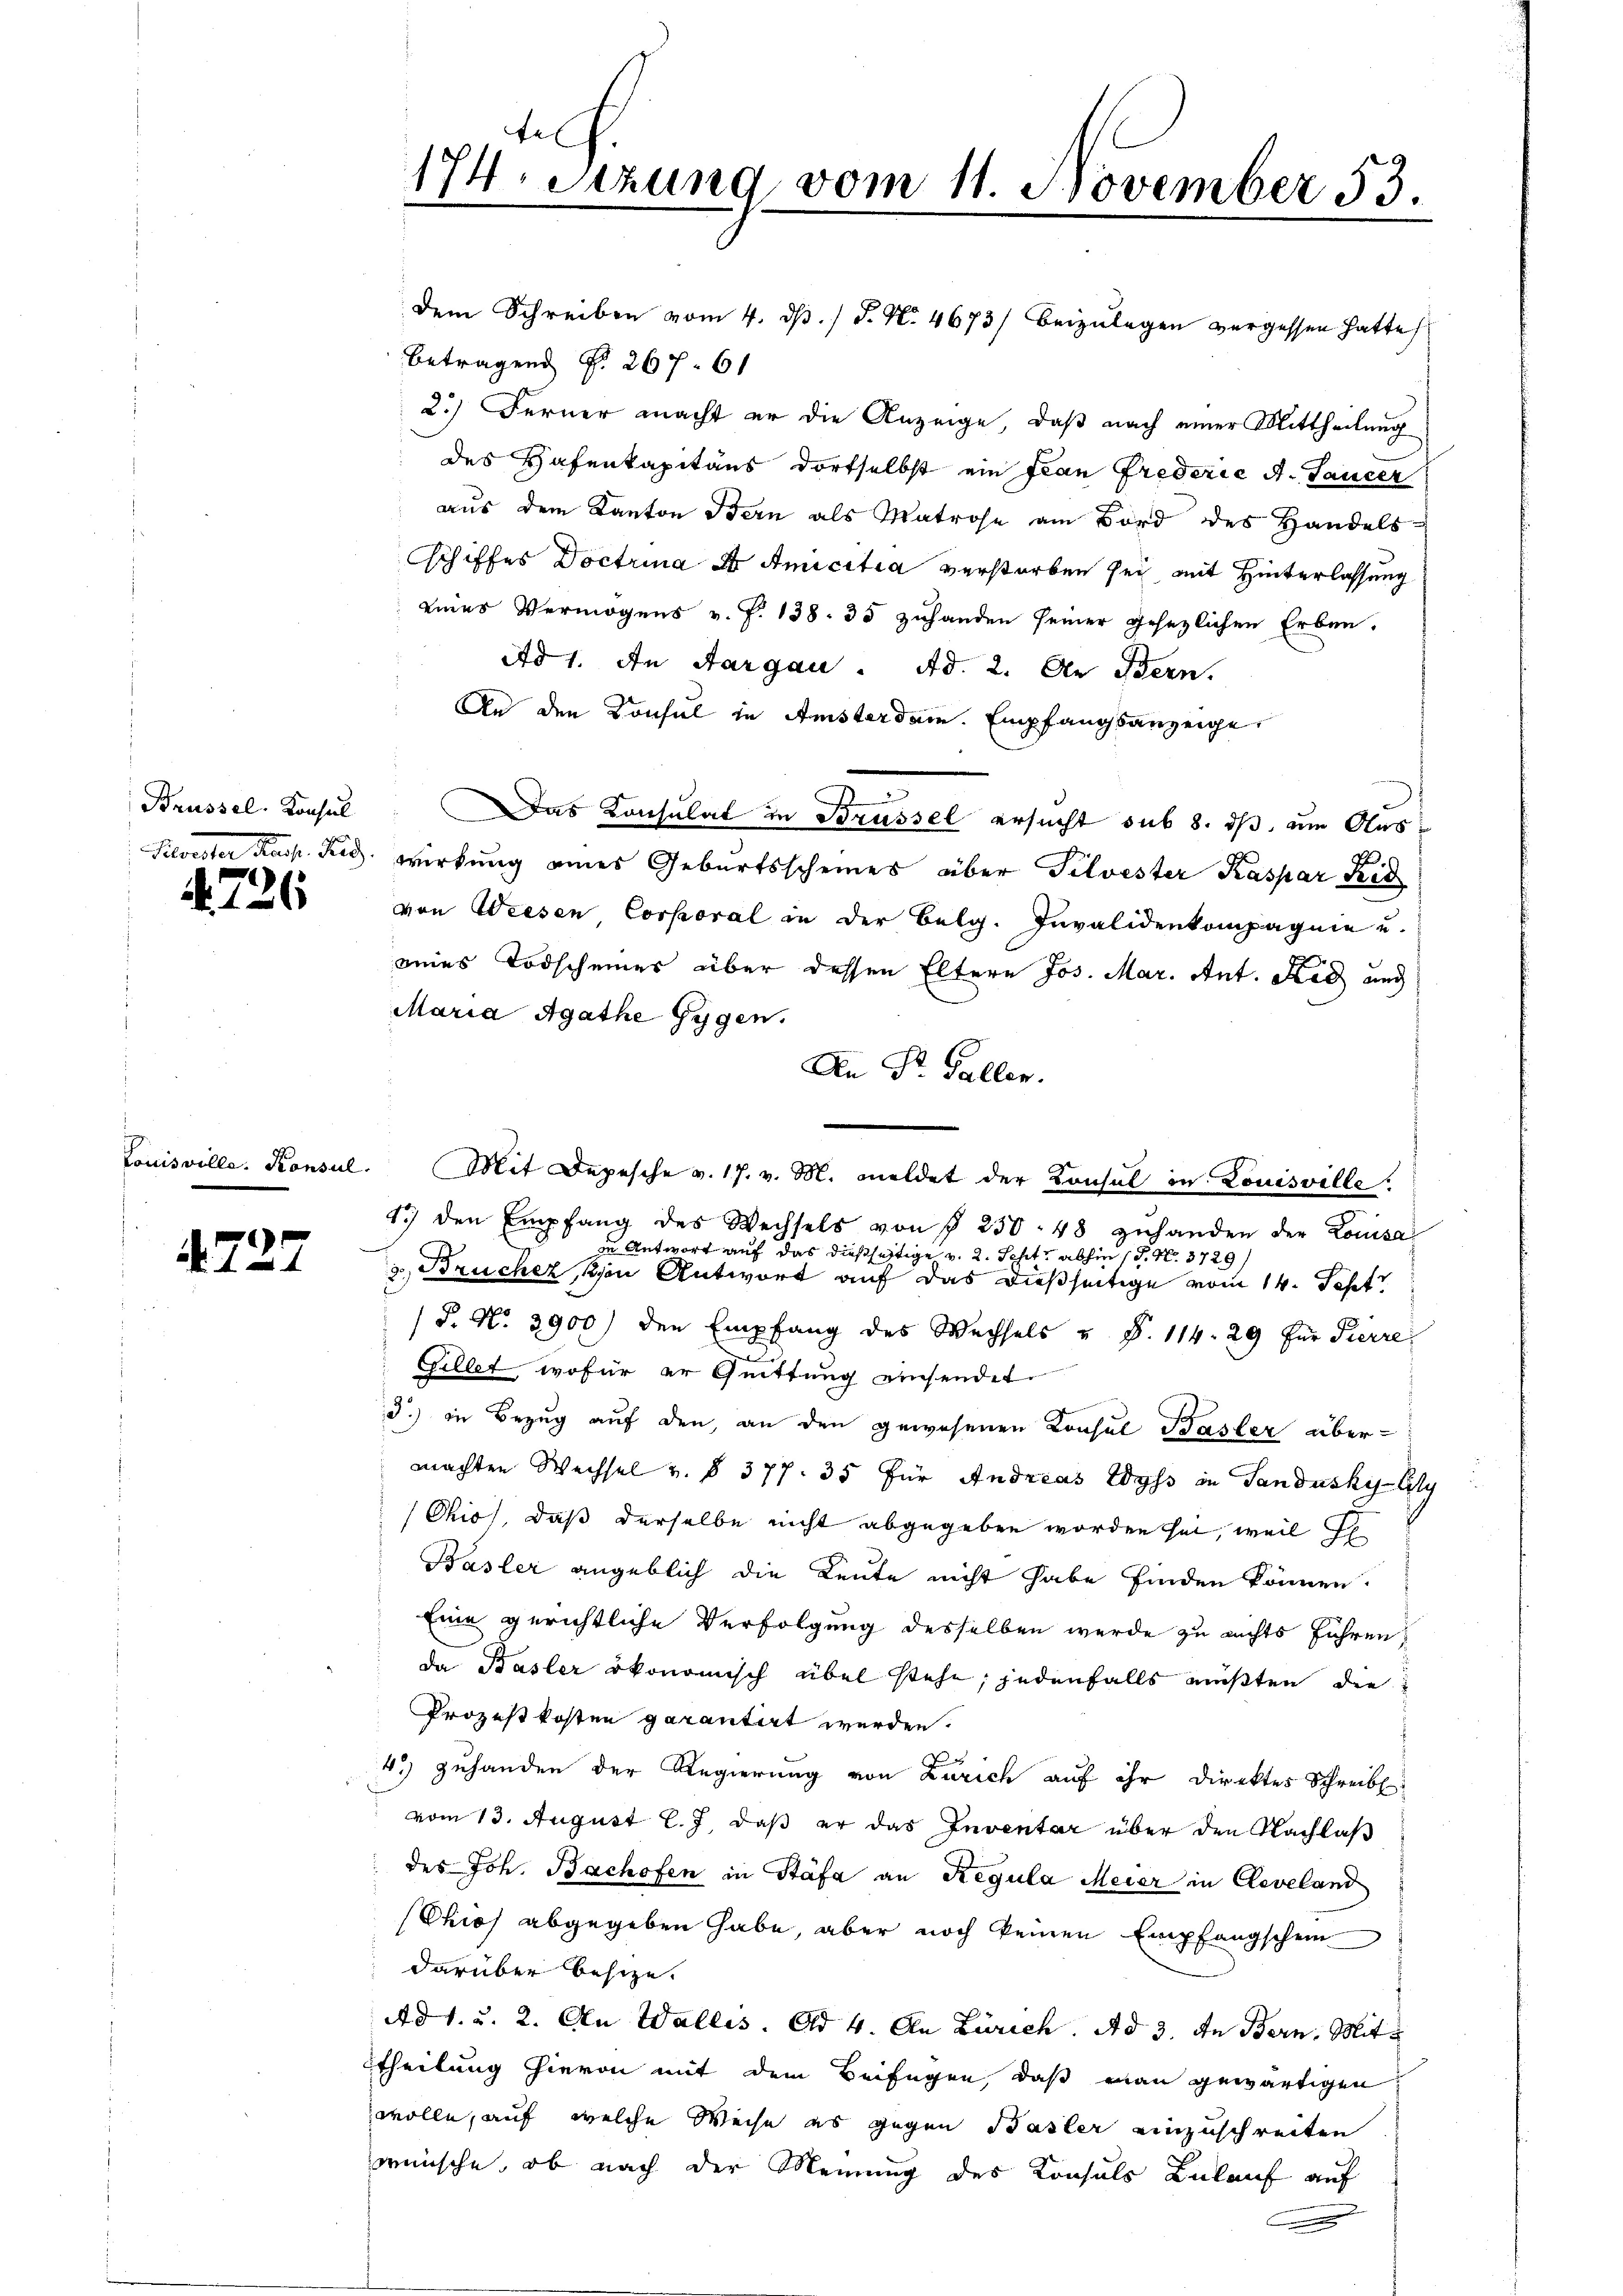
4736

Louisville. Konsul

4727

fel
174. Setzung vom 11. November 53.

dem Schreiben vom 4. ds. / P. Nr. 4673/ beizulagen vergessen hatte
betragend §. 267. 61
2.) Ferner macht er die Anzeige, daß nach einer Mittheilung
des Hafenkapitäns dortselbst ein Jean Frederić A. Taucer
aus dem Kanton Bern als Matrose am Bord des Handels-
schiffes Doctrina Dr. Amicitia verstorben sei, mit Hinterlassung
eines Vermögens v. P. 138. 35 zuhanden seiner gesezlichen Erben.
Ad 1. An Aargau. Ad. 2. Die Bern.
An den Konsul in Amsterdam. Empfangsanzeige
Brüssel. Konsul Das Konsulat in Brüssel ersucht sub 8. ds, um Aus¬
Silvester Kasp. Kis. Wirkung eines Geburtsscheines über Tilvester Kaspar Ric
von Weesen Corporal in der Belg. Invalidenkompagnie u.
eines Todscheines über dessen Eltern Jos. Mar. Ant. Steg und
Maria Agathe Gygen.
An Dr. Gallen.
Mit Depesche v. 17. v. M. meldet der Konsul in Louisville.
1.) den Empfang des Wechsels von § 250. 48 zŭhanden der Louisa
in Antwort auf das dießseitige v. 2. Seht, abhin 1. No. 3729,
3, Brucher, von Antwort auf das dießseitige vom 14. Sept
P. Nr. 3900) den Empfang des Wechsels u §. 114. 29 für Pierre
Gellet, wofür er Quittung einsendet.
3.) in Bezug auf den, an den gewesenen Konsul Basler übermachten Wechsel v. § 377. 35 für Andreas Wyss in Sandusky-Lily
Ohio, daß derselbe nicht abgegeben worden sei, weil h
Basler angeblich die Leute nicht habe finden können.
Eine gerichtliche Verfolgung desselben werde zu richts führen,
da Basler ökonomisch übel stehe; jedenfalls mußten die
Prozest kosten garantirt werden.
s
4.) Zuhanden der Regierung von Zürich auf ihr Direktes Schreibe
vom 13. August l. J. daß er das Inventar über den Nachlaß
des Joh. Bachofen in Stäfa an Regula Meier in Reveland
Ohios abgegeben habe, aber noch keinen Empfangschein
darüber besize.
Ad 1. u. 2. An Wallis. Ad 4. An Zürich. Ad 3. In Bern. Mit
theilung hievon mit dem Beifügen, daß man gewärtigen
wolle, auf welche Weise es gegen Basler einzuschreiten
wünsche, ob nach der Meinung des Konsuls Bulauf auf